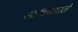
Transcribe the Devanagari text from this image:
आशियातले